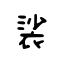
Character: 裟